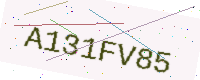
Text: A131FV85